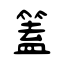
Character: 篕